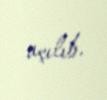
açılıb.